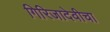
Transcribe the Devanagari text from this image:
गिरिजादेवीचा